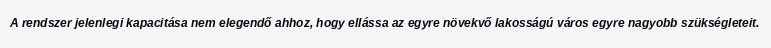
A rendszer jelenlegi kapacitása nem elegendő ahhoz, hogy ellássa az egyre növekvő lakosságú város egyre nagyobb szükségleteit.